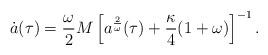
LaTeX: \begin{align*}\dot{a}({\tau}) = \frac{\omega}{2} M \left[a^{\frac{2}{\omega}}(\tau) + \frac{\kappa}{4}(1 + \omega)\right]^{-1}.\end{align*}